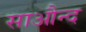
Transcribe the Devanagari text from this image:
साऔन्द